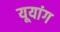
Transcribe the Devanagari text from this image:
यूयांग